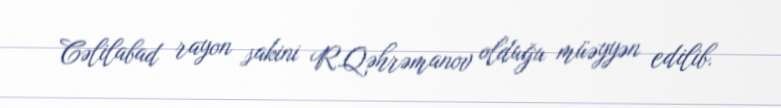
Cəlilabad rayon sakini R.Qəhrəmanov olduğu müəyyən edilib.